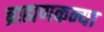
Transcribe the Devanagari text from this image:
ब्राह्मणकन्या